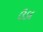
ઉડદ